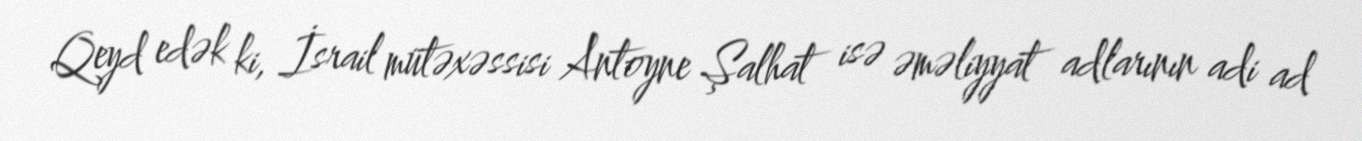
Qeyd edək ki, İsrail mütəxəssisi Antoyne Şalhat isə əməliyyat adlarının adi ad